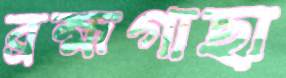
ব্রহ্মগাছা